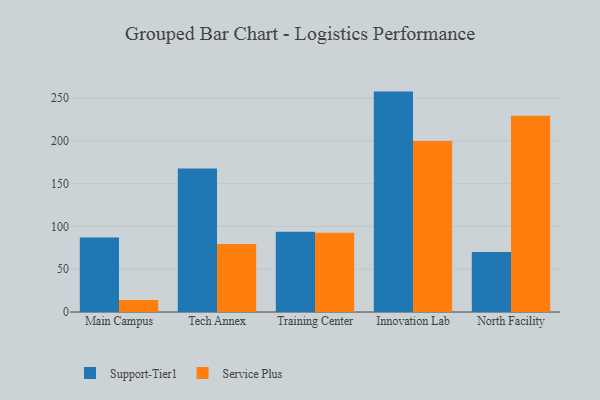
{"axis": {"x": "Campus", "y": "Active Users"}, "legend": ["Service Plus", "Support-Tier1"], "data": [{"x": "Main Campus", "y": 87.0, "type": "Support-Tier1"}, {"x": "Main Campus", "y": 14.0, "type": "Service Plus"}, {"x": "Tech Annex", "y": 167.8, "type": "Support-Tier1"}, {"x": "Tech Annex", "y": 79.5, "type": "Service Plus"}, {"x": "Training Center", "y": 93.9, "type": "Support-Tier1"}, {"x": "Training Center", "y": 92.5, "type": "Service Plus"}, {"x": "Innovation Lab", "y": 257.6, "type": "Support-Tier1"}, {"x": "Innovation Lab", "y": 199.9, "type": "Service Plus"}, {"x": "North Facility", "y": 70.2, "type": "Support-Tier1"}, {"x": "North Facility", "y": 229.4, "type": "Service Plus"}]}